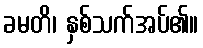
ခမတိ၊ နှစ်သက်အပ်၏။